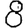
Digit: 8